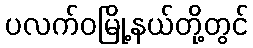
ပလက်ဝမြို့နယ်တို့တွင်